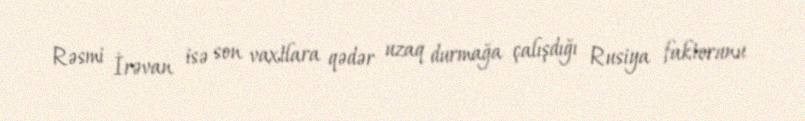
Rəsmi İrəvan isə son vaxtlara qədər uzaq durmağa çalışdığı Rusiya faktorunu